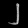
Digit: ၂